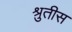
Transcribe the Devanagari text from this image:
श्रुतीस